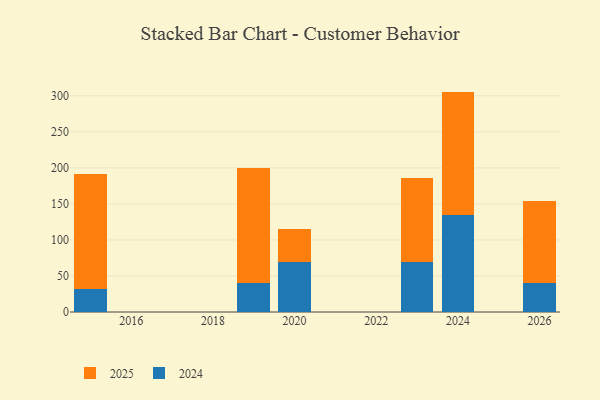
{"axis": {"x": "Year", "y": "Revenue (USD Million)"}, "legend": ["2024", "2025"], "data": [{"x": "2024", "y": 134.7, "type": "2024"}, {"x": "2024", "y": 171.1, "type": "2025"}, {"x": "2015", "y": 31.3, "type": "2024"}, {"x": "2015", "y": 159.5, "type": "2025"}, {"x": "2026", "y": 39.6, "type": "2024"}, {"x": "2026", "y": 114.4, "type": "2025"}, {"x": "2020", "y": 69.0, "type": "2024"}, {"x": "2020", "y": 46.4, "type": "2025"}, {"x": "2023", "y": 69.1, "type": "2024"}, {"x": "2023", "y": 117.0, "type": "2025"}, {"x": "2019", "y": 39.6, "type": "2024"}, {"x": "2019", "y": 160.3, "type": "2025"}]}